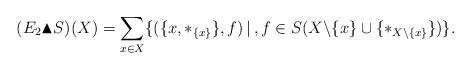
LaTeX: \begin{align*}(E_2\blacktriangle S)(X)=\sum_{x\in X}\{(\{x,\ast_{\{x\}}\},f)\,|\, , f\in S(X\backslash\{x\}\cup\{\ast_{X\backslash\{x\}}\})\}.\end{align*}